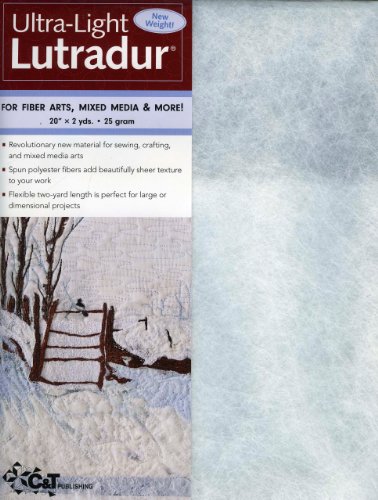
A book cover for Ultra-Light Lutradur: For Fiber Arts, Mixed Media & More! 20 x 2 yds., 25 gram; C&T Publishing; Crafts, Hobbies & Home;